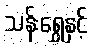
သန်းရွှေနှင့်